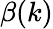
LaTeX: \beta(k)